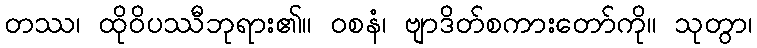
တဿ၊ ထိုဝိပဿီဘုရား၏။ ဝစနံ၊ ဗျာဒိတ်စကားတော်ကို။ သုတွာ၊